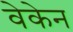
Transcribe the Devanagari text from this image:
वेकेन